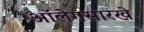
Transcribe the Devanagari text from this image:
ऑलेगसारखे